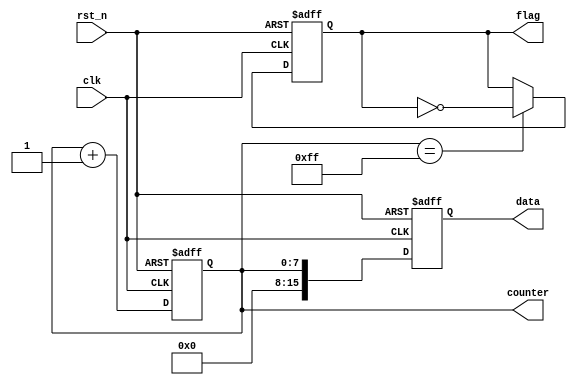
module default_state_initialization (
    input wire clk,          // Clock signal
    input wire rst_n,       // Active-low reset signal
    output reg [7:0] counter, // 8-bit counter
    output reg flag,        // Flag signal
    output reg [15:0] data  // 16-bit data output
);

// Default state initialization
always @(posedge clk or negedge rst_n) begin
    if (!rst_n) begin
        // Reset state variables to default values
        counter <= 8'b0;      // Reset counter to zero
        flag <= 1'b0;         // Set flag to inactive state (low)
        data <= 16'b0;        // Assign default value to data
    end else begin
        // Normal operation (example logic)
        // Increment counter and toggle flag for demonstration
        counter <= counter + 1;
        if (counter == 8'd255) begin
            flag <= ~flag;    // Toggle flag when counter reaches 255
        end
        // Example data assignment (could be more complex in real designs)
        data <= counter;      // Assign counter value to data
    end
end

endmodule